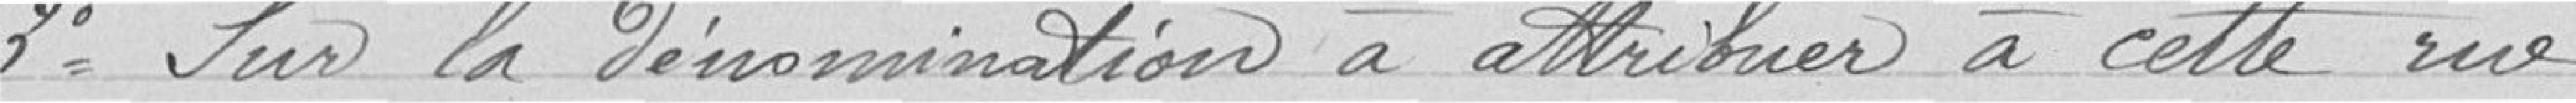
3° Sur la dénomination à attribuer à cette rue